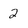
Character: 2